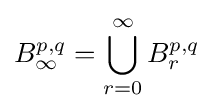
B_{\infty }^{p,q}=\bigcup _{r=0}^{\infty }B_{r}^{p,q}